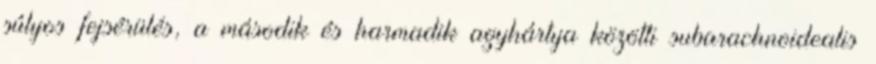
súlyos fejsérülés, a második és harmadik agyhártya közötti subarachnoidealis